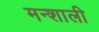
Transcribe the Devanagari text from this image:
मन्शाली